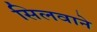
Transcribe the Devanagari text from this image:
सिलवाने